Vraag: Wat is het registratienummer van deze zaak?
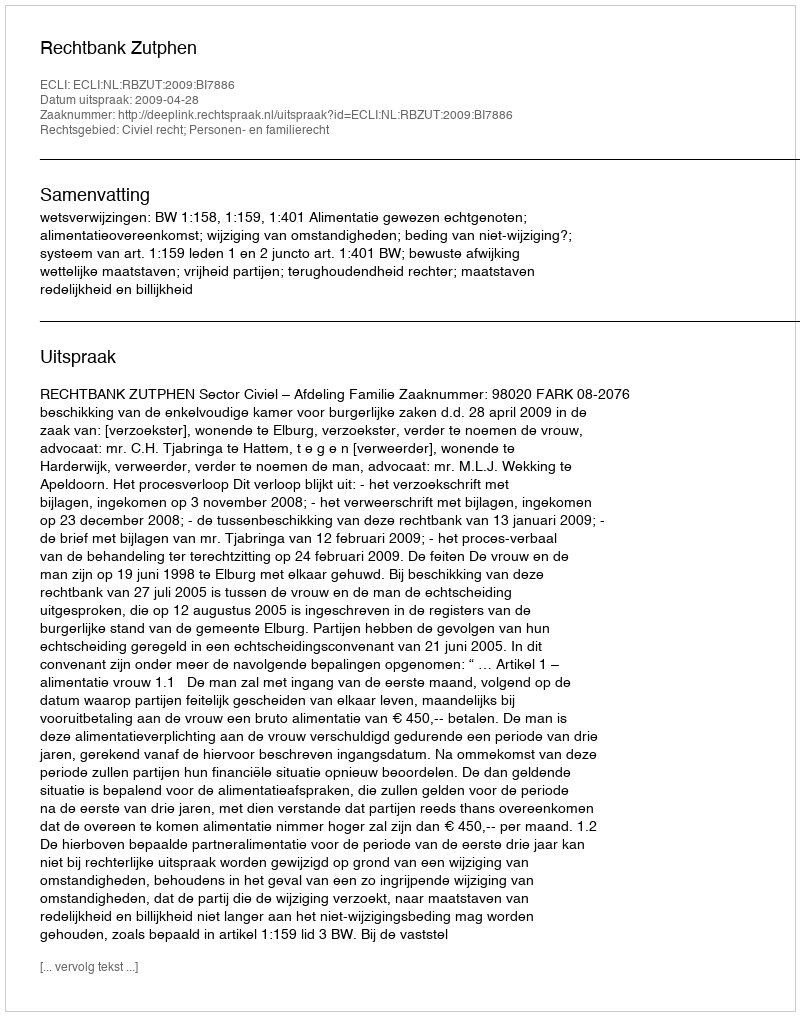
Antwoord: http://deeplink.rechtspraak.nl/uitspraak?id=ECLI:NL:RBZUT:2009:BI7886